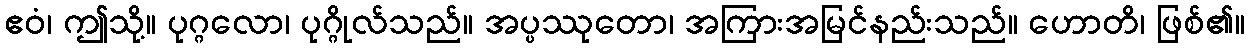
ဧဝံ၊ ဤသို့။ ပုဂ္ဂလော၊ ပုဂ္ဂိုလ်သည်။ အပ္ပဿုတော၊ အကြားအမြင်နည်းသည်။ ဟောတိ၊ ဖြစ်၏။